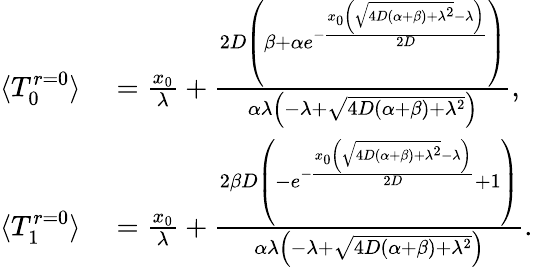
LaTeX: \begin{array}{rl}{\langle T_{0}^{r=0}\rangle}&{{}=\frac{x_{0}}{\lambda}+\frac{2D\left(\beta+\alpha e^{-\frac{x_{0}\left(\sqrt{4D(\alpha+\beta)+\lambda^{2}}-\lambda\right)}{2D}}\right)}{\alpha\lambda\left(-\lambda+\sqrt{4D(\alpha+\beta)+\lambda^{2}}\right)},}\\ {\langle T_{1}^{r=0}\rangle}&{{}=\frac{x_{0}}{\lambda}+\frac{2\beta D\left(-e^{-\frac{x_{0}\left(\sqrt{4D(\alpha+\beta)+\lambda^{2}}-\lambda\right)}{2D}}+1\right)}{\alpha\lambda\left(-\lambda+\sqrt{4D(\alpha+\beta)+\lambda^{2}}\right)}.}\end{array}